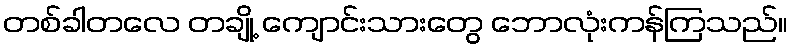
တစ်ခါတလေ တချို့ ကျောင်းသားတွေ ဘောလုံးကန်ကြသည်။